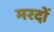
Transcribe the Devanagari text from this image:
मरदों